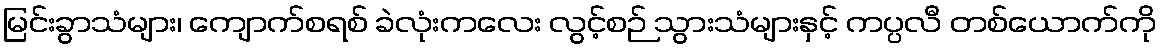
မြင်းခွာသံများ၊ ကျောက်စရစ် ခဲလုံးကလေး လွင့်စဉ် သွားသံများနှင့် ကပ္ပလီ တစ်ယောက်ကို